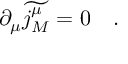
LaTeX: \partial _ { \mu } \widetilde { j _ { M } ^ { \mu } } = 0 \quad .